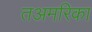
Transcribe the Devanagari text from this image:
तअमरिका